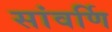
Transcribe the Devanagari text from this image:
सांवर्णि